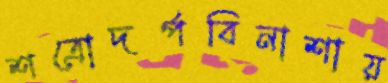
শত্রোদর্পবিনাশায়